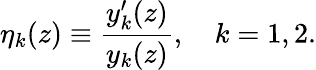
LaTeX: \eta_{k}(z)\equiv\frac{y_{k}^{\prime}(z)}{y_{k}(z)},\quad k=1,2.